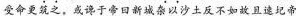
受命更筑之，或谗于帝口新城杂以沙土反不如故旦速圮帝